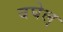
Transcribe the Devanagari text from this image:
बघेल्